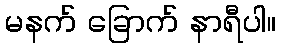
မနက် ခြောက် နာရီပါ။